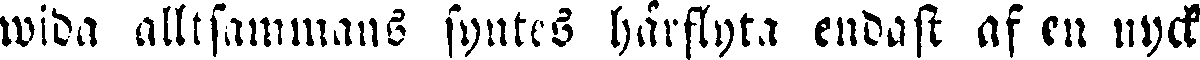
wida alltsammans syntes härflyta endast af en nyck